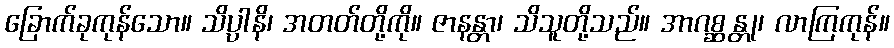
ခြောက်ခုကုန်သော။ သိပ္ပါနိ၊ အတတ်တို့ကို။ ဇာနန္တာ၊ သိသူတို့သည်။ အာဂစ္ဆန္တု၊ လာကြကုန်။